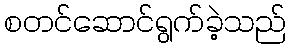
စတင်ဆောင်ရွက်ခဲ့သည်